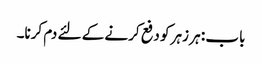
باب : ہر زہر کو دفع کرنے کے لئے دم کرنا۔